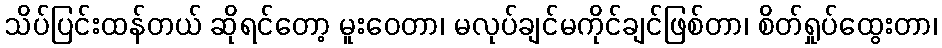
သိပ်ပြင်းထန်တယ် ဆိုရင်တော့ မူးဝေတာ၊ မလုပ်ချင်မကိုင်ချင်ဖြစ်တာ၊ စိတ်ရှုပ်ထွေးတာ၊